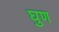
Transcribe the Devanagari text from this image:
घुण